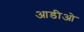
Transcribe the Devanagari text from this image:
आडीओ